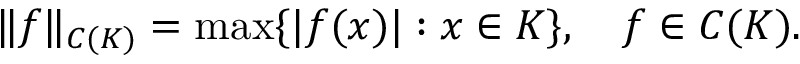
\| f \| _ { C ( K ) } = \operatorname* { m a x } \{ | f ( x ) | : x \in K \} , \quad f \in C ( K ) .